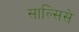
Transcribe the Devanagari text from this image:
साल्सिसे